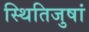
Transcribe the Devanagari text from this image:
स्थितिजुषां